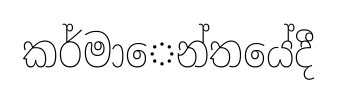
කර්මාෙන්තයේදී